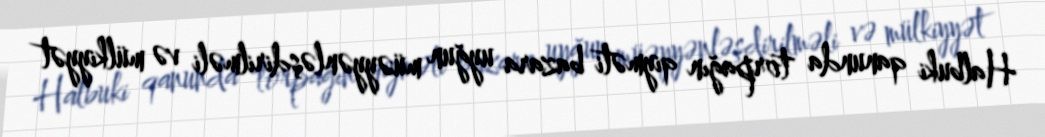
Halbuki qanunda torpağın qiyməti bazara uyğun müəyyənləşdirilməli və mülkiyyət